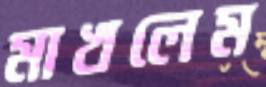
মাখলেম